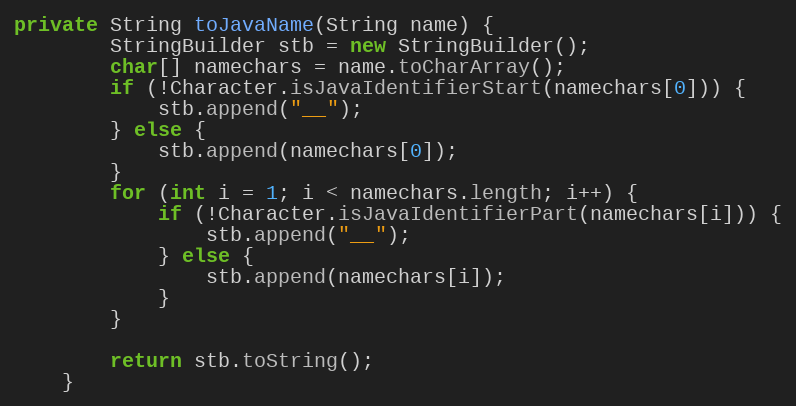
Language: Java
private String toJavaName(String name) {
        StringBuilder stb = new StringBuilder();
        char[] namechars = name.toCharArray();
        if (!Character.isJavaIdentifierStart(namechars[0])) {
            stb.append("__");
        } else {
            stb.append(namechars[0]);
        }
        for (int i = 1; i < namechars.length; i++) {
            if (!Character.isJavaIdentifierPart(namechars[i])) {
                stb.append("__");
            } else {
                stb.append(namechars[i]);
            }
        }

        return stb.toString();
    }